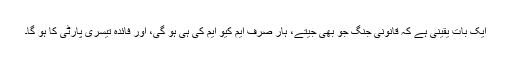
ایک بات یقینی ہے کہ قانونی جنگ جو بھی جیتے، ہار صرف ایم کیو ایم کی ہی ہو گی، اور فائدہ تیسری پارٹی کا ہو گا۔